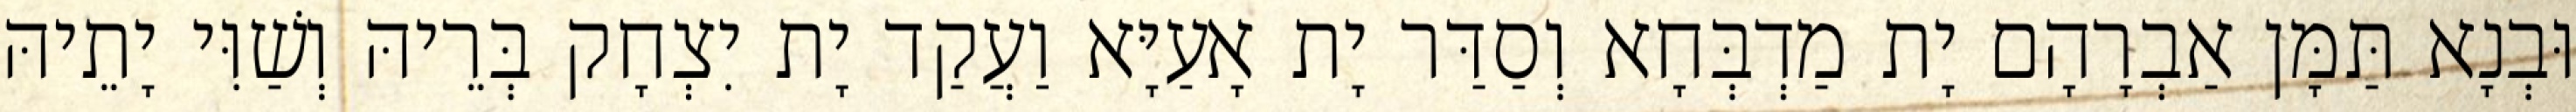
וּבְנָא תַּמָּן אַבְרָהָם יָת מַדְבְּחָא וְסַדַּר יָת אָעַיָּא וַעֲקַד יָת יִצְחָק בְּרֵיהּ וְשַׁוִּי יָתֵיהּ